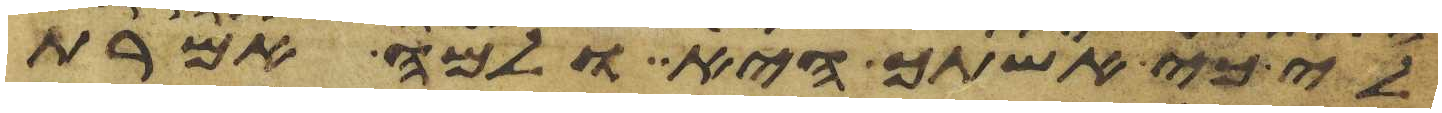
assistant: לי כי אשתך היא ולמה אמרת